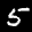
Label: 5